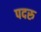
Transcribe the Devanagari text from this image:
पदरु